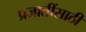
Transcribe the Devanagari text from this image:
प्रजातींसाठी